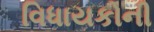
વિધાયકોની